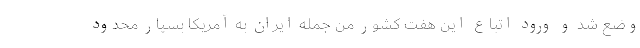
وضع شد و ورود اتباع این هفت کشور من جمله ایران به آمریکا بسیار محدود